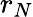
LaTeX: r_{N}